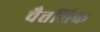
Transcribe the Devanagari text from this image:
चैत्तसिक